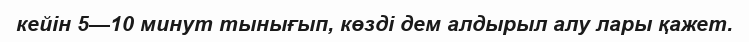
кейін 5—10 минут тынығып, көзді дем алдырыл алу лары қажет.